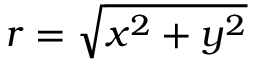
r = \sqrt { x ^ { 2 } + y ^ { 2 } }